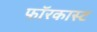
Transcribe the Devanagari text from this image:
फॉरकास्ट